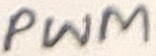
Text: PWM